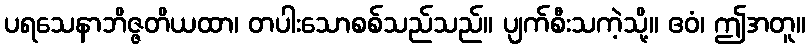
ပရသေနာဘိဇ္ဇတိယထာ၊ တပါးသောစစ်သည်သည်။ ပျက်စီးသကဲ့သို့။ ဧဝံ၊ ဤအတူ။